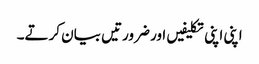
اپنی اپنی تکلیفیں اور ضرورتیں بیان کرتے۔